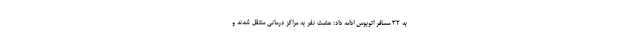
به ٣٢ مسافر اتوبوس ادامه داد: هشت نفر به مراکز درمانی منتقل شدند و